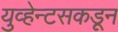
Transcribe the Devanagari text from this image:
युव्हेन्टसकडून